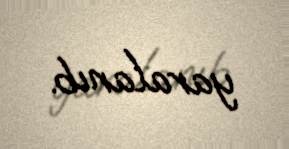
yaralanıb.